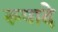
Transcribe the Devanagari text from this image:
रूपादे